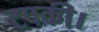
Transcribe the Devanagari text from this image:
टपकी।